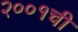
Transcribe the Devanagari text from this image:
२००१ची